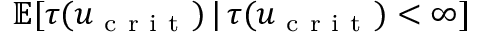
\mathbb { E } [ \tau ( u _ { \mathrm { ~ c ~ r ~ i ~ t ~ } } ) \, | \, \tau ( u _ { \mathrm { ~ c ~ r ~ i ~ t ~ } } ) < \infty ]